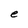
Character: e